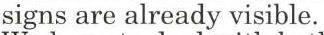
signs are already visible.